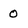
Character: O